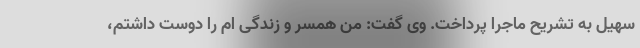
سهیل به تشریح ماجرا پرداخت. وی گفت: من همسر و زندگی ام را دوست داشتم،